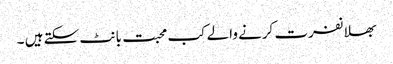
بھلا نفرت کرنے والے کب محبت بانٹ سکتے ہیں ۔